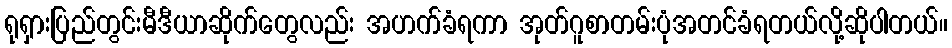
ရုရှားပြည်တွင်းမီဒီယာဆိုက်တွေလည်း အဟက်ခံရကာ အုတ်ဂူစာတမ်းပုံအတင်ခံရတယ်လို့ဆိုပါတယ်။